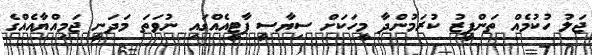
ޖަލު ހުކުމެއް ތަންފީޒު ކުރަމުންދާ މީހަކަށް ސިޔާސީ ޕާޓީއެއްގައި ނުވަތަ މަދަނީ ޖަމިއްޔާއެއްގެ